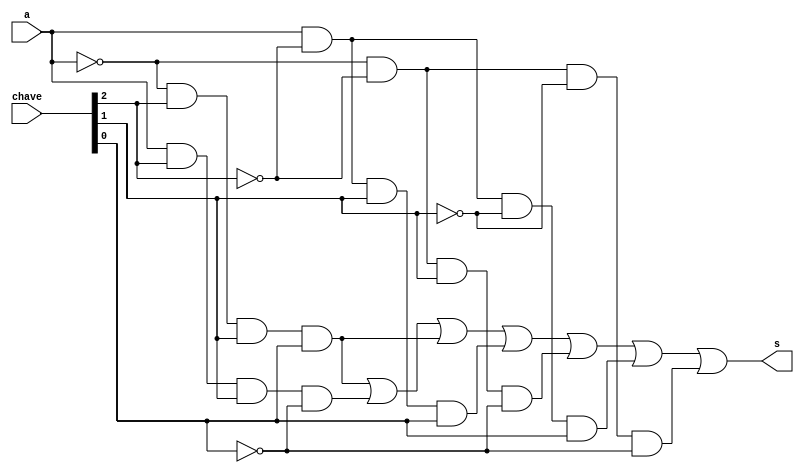
// -- Exercicio0035 ---------------------
// -- Ana Carolina Conceio de Jesus ---
// -- Matricula 449517 ------------------

module LU (output s, input a, input [0:2]chave);

	wire s0,s1,s2,s3,s4,s5,s6;
	wire tmp0,tmp1,tmp2,tmp3,tmp4,tmp5,tmp6;
	wire notchave0,notchave1,notchave2;
	not NOT1 (s0,a);
	or OR1 (s1,a);
	nor NOR1 (s2,a);
	and AND1 (s3,a);
	nand NAND1 (s4,a);
	xor XOR1 (s5,a);
	xnor XNOR1 (s6,a);
	not NOT2 (notchave0,chave[0]);
	not NOT3 (notchave1,chave[1]);
	not NOT4 (notchave2,chave[2]);
	and AND2 (tmp0,s0,chave[0],chave[1],chave[2]);
	and AND3 (tmp1,s1,chave[0],chave[1],notchave2);
	and AND4 (tmp2,s2,chave[0],chave[1],chave[2]);
	
	and AND5 (tmp3,s3,notchave0,chave[1],chave[2]);
	and AND6 (tmp4,s4,notchave0,chave[1],notchave2);
	and AND7 (tmp5,s5,notchave0,notchave1,chave[2]);
	and AND8 (tmp6,s6,notchave0,notchave1,notchave2);
	
	or OR2 (s,tmp0,tmp1,tmp2,tmp3,tmp4,tmp5,tmp6);
	
endmodule

module teste;

     wire s;
     reg a;
     reg [0:2] chave;
		
     LU teste(s,a,chave);
		
		
   initial begin: main
		
        $display("Exemplo0035 - Ana Carolina - 449517");
        $display("\nULA test");
			
              chave[0] = 0; chave[1] = 0; chave[2] = 0;
		 a = 0;

         $display("\nchave 000 - XNOR , chave 001 - XOR , chave 010 - NAND , chave 011 - AND");
         $display("chave 100 - NOR , chave 101 - No faz nenhuma operao , chave 110 - OR , chave 111 - NOT");
         $display("\n");

         #1 $monitor("entrada = %b  saida = %b  chave = %b",a,s,chave);
   #1 a = 1;
   #1 chave[0] = 0; chave[1] = 0; chave[2] = 1;
   #1 a = 0;
   #1 chave[0] = 0; chave[1] = 1; chave[2] = 0;
   #1 a = 1;
   #1 chave[0] = 0; chave[1] = 1; chave[2] = 1;
   #1 a = 0;
   #1 chave[0] = 1; chave[1] = 0; chave[2] = 0;
   #1 a =1;
   #1 chave[0] = 1; chave[1] = 0; chave[2]= 1;
   #1 a = 0;
   #1 chave[0] = 1; chave[1] = 1; chave[2] = 0;
   #1 a = 1;
   #1 chave[0] = 1; chave[1] = 1; chave[2] = 1;
   #1 a = 0;
end 

endmodule